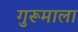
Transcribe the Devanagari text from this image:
गुरूमाला